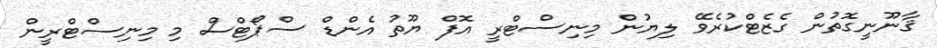
ޤާނޫނީގޮތުން ގެޒެޓްކުރެވޭ ލިޔުން މިނިސްޓްރީ އޮފް ޔޫތު އެންޑް ސްޕޯޓްސް މި މިނިސްޓްރީން